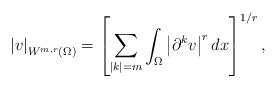
LaTeX: \begin{align*}\left\vert v\right\vert _{W^{m,r}(\Omega) }=\left[\sum_{\left\vert k\right\vert =m}\int_{\Omega }\left\vert\partial ^{k}v\right\vert ^{r}dx\right] ^{1/r}, \end{align*}